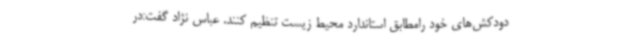
دودکش‌های خود رامطابق استاندارد محیط زیست تنظیم کنند. عباس نژاد گفت:در